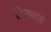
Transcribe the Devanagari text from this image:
जिसनमें